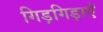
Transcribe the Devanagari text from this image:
गिड़गिड़ाएॅ